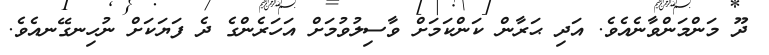
ދޫ މަންމަންވާނެއެވެ. އަދި ޙަރާން ކަންކަމަށް ވާސިލުވުމަށް އަހަރެންގެ ދެ ފަޔަކަށް ނުހިނގޭނއެވެ.